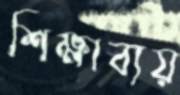
শিক্ষাব্যয়